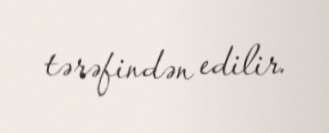
tərəfindən edilir.